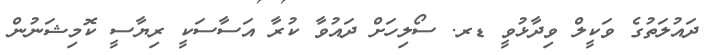
ދައުލަތުގެ ވަކީލް ވިދާޅުވީ ޑރ. ސޯލިހަށް ދައުވާ ކުރާ އަސާސަކީ ރިޔާސީ ކޮމިޝަނުން